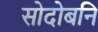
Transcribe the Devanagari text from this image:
सोदोबनि